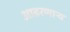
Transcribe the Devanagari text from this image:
आढरणार्‍य